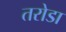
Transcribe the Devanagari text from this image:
तरोडा